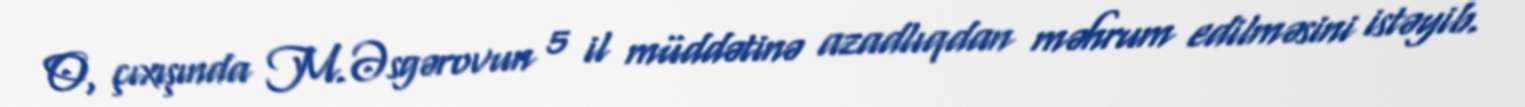
O, çıxışında M.Əsgərovun 5 il müddətinə azadlıqdan məhrum edilməsini istəyib.